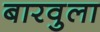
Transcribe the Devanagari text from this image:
बारवुला